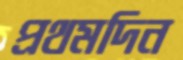
প্রথমদিন